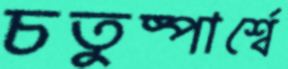
চতুষ্পার্শ্বে